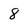
Character: 8